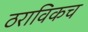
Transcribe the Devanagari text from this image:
ठराविकच